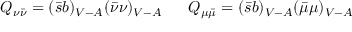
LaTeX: Q _ { \nu \bar { \nu } } = ( \bar { s } b ) _ { V - A } ( \bar { \nu } \nu ) _ { V - A } ~ ~ ~ ~ ~ Q _ { \mu \bar { \mu } } = ( \bar { s } b ) _ { V - A } ( \bar { \mu } \mu ) _ { V - A }